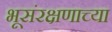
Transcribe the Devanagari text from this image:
भूसंरक्षणाच्या